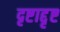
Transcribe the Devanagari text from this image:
दृष्टाद्दृष्ट